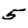
Digit: 5